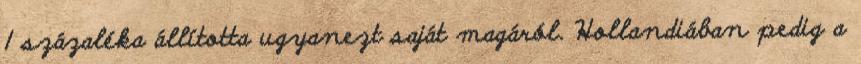
1 százaléka állította ugyanezt saját magáról. Hollandiában pedig a